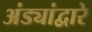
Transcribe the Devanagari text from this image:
अंड्यांद्वारे